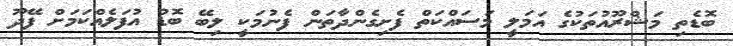
ބޮޑެތި މަޝްރޫއުތަކުގެ އަމަލީ މަސައްކަތް ފެށިގެންދާތަން ފެނުމަކީ ލިބޭ ބޮޑު އުފަލެއްކަމަށް ފޭދޫ